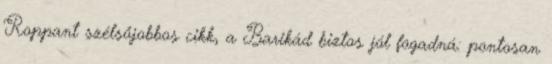
Roppant szélsőjobbos cikk, a Barikád biztos jól fogadná: pontosan